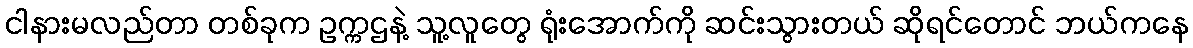
ငါနားမလည်တာ တစ်ခုက ဥက္ကဌနဲ့ သူ့လူတွေ ရုံးအောက်ကို ဆင်းသွားတယ် ဆိုရင်တောင် ဘယ်ကနေ